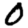
Digit: 0